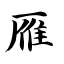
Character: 雁